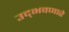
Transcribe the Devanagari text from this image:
उद्‌भवणारे